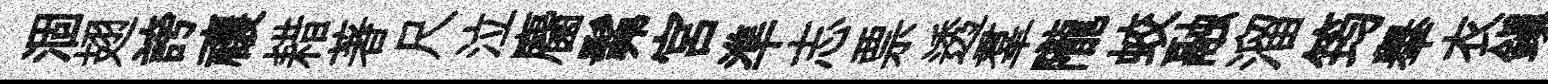
涸翅誇禳耤著尺泣麕髴宫準志票透羣隴蛟融溜筠𦦙衣鎭